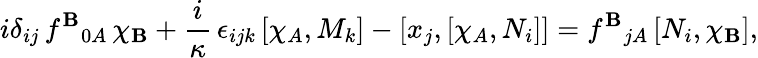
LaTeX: i\delta_{ij}\, f^{\mathbf{B}}{}_{0A}\, \chi_{\mathbf{B}}+\frac{{i}}{\kappa}\, \epsilon_{ijk}\, [\chi_{A},M_{k}]-[x_{j},[\chi_{A},N_{i}]]=f^{\mathbf{B}}{}_{jA}\, [N_{i},\chi_{\mathbf{B}}],